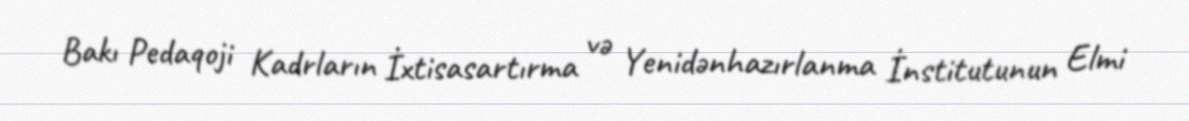
Bakı Pedaqoji Kadrların İxtisasartırma və Yenidənhazırlanma İnstitutunun Elmi